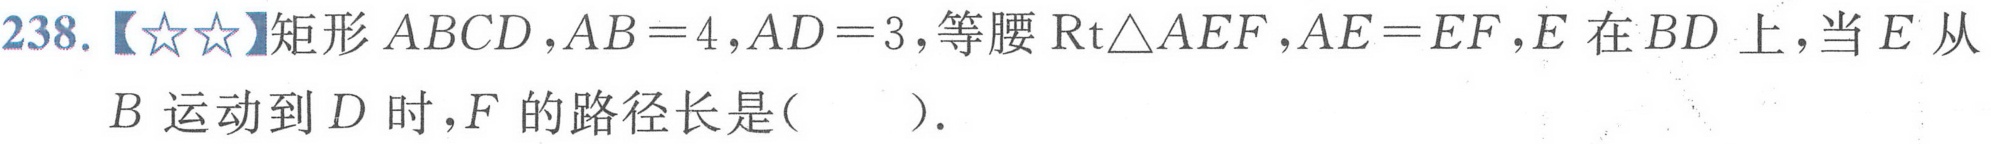
238.【★★】矩形\(ABCD\)，\(AB = 4\)，\(AD = 3\)，等腰\(\mathrm{Rt}\triangle AEF\)，\(AE = EF\)，\(E\)在\(BD\)上，当\(E\)从\(B\)运动到\(D\)时，\(F\)的路径长是(  ).